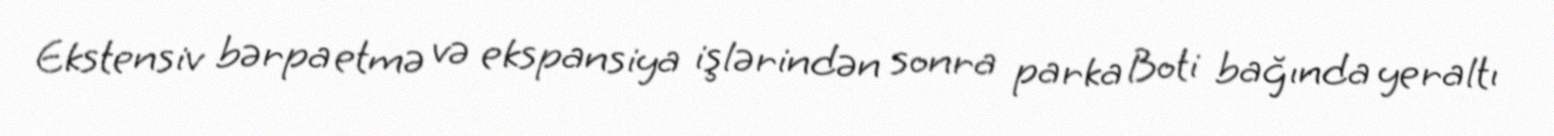
Ekstensiv bərpa etmə və ekspansiya işlərindən sonra parka Boti bağında yeraltı